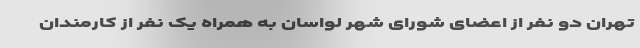
تهران دو نفر از اعضای شورای شهر لواسان به همراه یک نفر از کارمندان